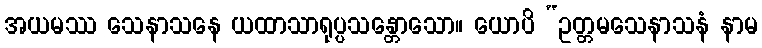
အယမဿ သေနာသနေ ယထာသာရုပ္ပသန္တောသော။ ယောပိ “ဥတ္တမသေနာသနံ နာမ